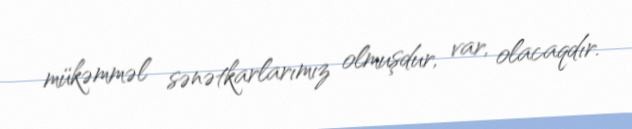
mükəmməl sənətkarlarımız olmuşdur, var, olacaqdır.